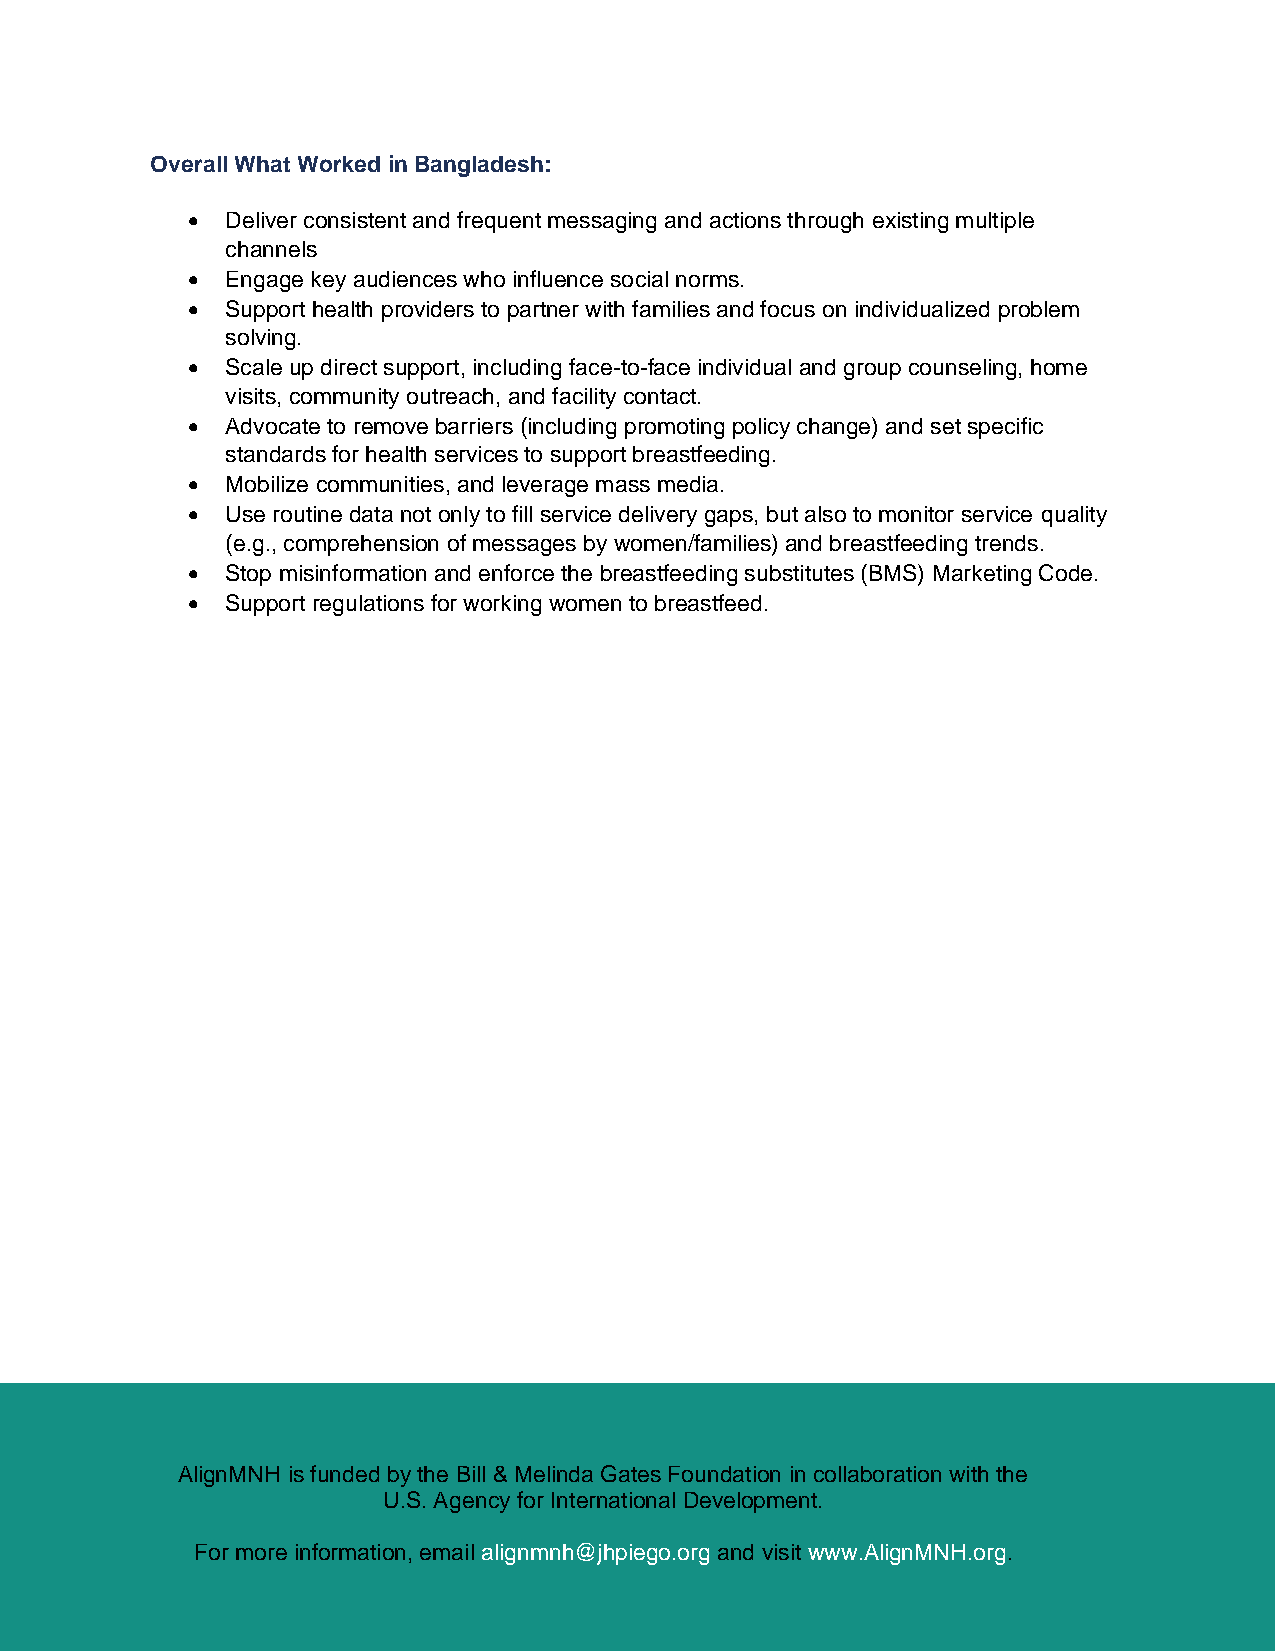
Overall What Worked in Bangladesh:
 •  Deliver consistent and frequent messaging and actions through existing multiple
 channels
 •  Engage key audiences who influence social norms.
 •  Support health providers to partner with families and focus on individualized problem
 solving.
 •  Scale up direct support, including face-to-face individual and group counseling, home
 visits, community outreach, and facility contact.
 •  Advocate to remove barriers (including promoting policy change) and set specific
 standards for health services to support breastfeeding.
 •  Mobilize communities, and leverage mass media.
 •  Use routine data not only to fill service delivery gaps, but also to monitor service quality
 (e.g., comprehension of messages by women/families) and breastfeeding trends.
 •  Stop misinformation and enforce the breastfeeding substitutes (BMS) Marketing Code.
 •  Support regulations for working women to breastfeed.
 AlignMNH is funded by the Bill & Melinda Gates Foundation in collaboration with the
 U.S. Agency for International Development.
 For more information, email alignmnh@jhpiego.org and visit www.AlignMNH.org.
 Accelerating Improvements in Breastfeeding at Scale: Insights from Bangladesh 5